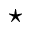
\star